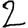
Digit: 2